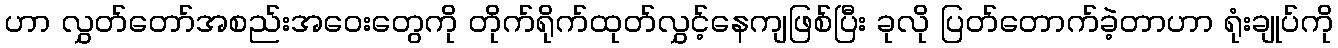
ဟာ လွှတ်တော်အစည်းအဝေးတွေကို တိုက်ရိုက်ထုတ်လွှင့်နေကျဖြစ်ပြီး ခုလို ပြတ်တောက်ခဲ့တာဟာ ရုံးချုပ်ကို